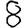
Digit: 8